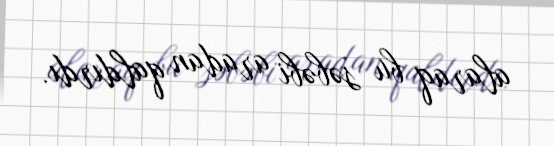
alaraq bu səbəbi aradan qaldırdı.